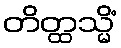
တိတ္ထသ္မိံ